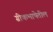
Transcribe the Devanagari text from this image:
ग्रीकभाषेतील